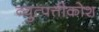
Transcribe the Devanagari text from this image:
व्युत्पत्तीकोश